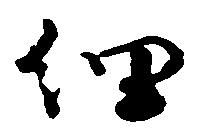
細